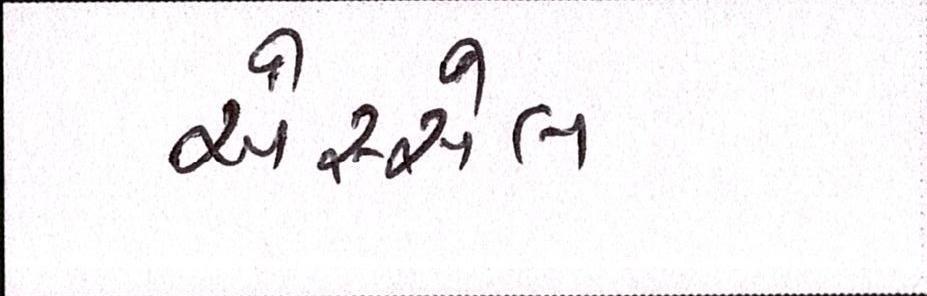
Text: એસ્સેલ